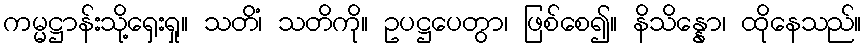
ကမ္မဋ္ဌာန်းသို့ရှေးရှု။ သတိံ၊ သတိကို။ ဥပဋ္ဌပေတွာ၊ ဖြစ်စေ၍။ နိသိန္နော၊ ထိုနေသည်။